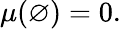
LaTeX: \mu(\varnothing)=0.